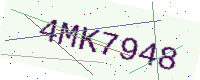
Text: 4MK7948